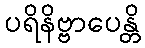
ပရိနိဗ္ဗာပေန္တိ